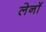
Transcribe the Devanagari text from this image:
लेनॉ